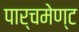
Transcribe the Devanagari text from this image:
पार्चमेण्ट